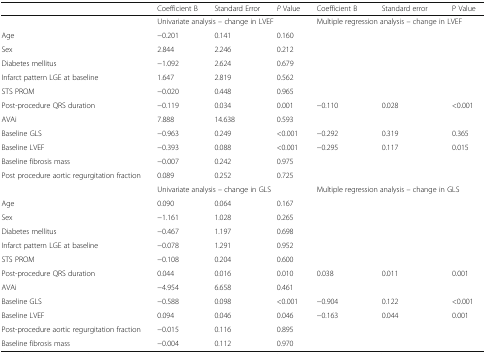
<table><thead><tr><td></td><td><b>Coefficient B</b></td><td><b>Standard Error</b></td><td><b><i>P</i> Value</b></td><td><b>Coefficient B</b></td><td><b>Standard error</b></td><td><b>P Value</b></td></tr></thead><tbody><tr><td></td><td colspan="3">Univariate analysis – change in LVEF</td><td colspan="3">Multiple regression analysis – change in LVEF</td></tr><tr><td>Age</td><td>−0.201</td><td>0.141</td><td>0.160</td><td></td><td></td><td></td></tr><tr><td>Sex</td><td>2.844</td><td>2.246</td><td>0.212</td><td></td><td></td><td></td></tr><tr><td>Diabetes mellitus</td><td>−1.092</td><td>2.624</td><td>0.679</td><td></td><td></td><td></td></tr><tr><td>Infarct pattern LGE at baseline</td><td>1.647</td><td>2.819</td><td>0.562</td><td></td><td></td><td></td></tr><tr><td>STS PROM</td><td>−0.020</td><td>0.448</td><td>0.965</td><td></td><td></td><td></td></tr><tr><td>Post-procedure QRS duration</td><td>−0.119</td><td>0.034</td><td>0.001</td><td>−0.110</td><td>0.028</td><td>&lt;0.001</td></tr><tr><td>AVAi</td><td>7.888</td><td>14.638</td><td>0.593</td><td></td><td></td><td></td></tr><tr><td>Baseline GLS</td><td>−0.963</td><td>0.249</td><td>&lt;0.001</td><td>−0.292</td><td>0.319</td><td>0.365</td></tr><tr><td>Baseline LVEF</td><td>−0.393</td><td>0.088</td><td>&lt;0.001</td><td>−0.295</td><td>0.117</td><td>0.015</td></tr><tr><td>Baseline fibrosis mass</td><td>−0.007</td><td>0.242</td><td>0.975</td><td></td><td></td><td></td></tr><tr><td>Post procedure aortic regurgitation fraction</td><td>0.089</td><td>0.252</td><td>0.725</td><td></td><td></td><td></td></tr><tr><td></td><td colspan="3">Univariate analysis – change in GLS</td><td colspan="3">Multiple regression analysis – change in GLS</td></tr><tr><td>Age</td><td>0.090</td><td>0.064</td><td>0.167</td><td></td><td></td><td></td></tr><tr><td>Sex</td><td>−1.161</td><td>1.028</td><td>0.265</td><td></td><td></td><td></td></tr><tr><td>Diabetes mellitus</td><td>−0.467</td><td>1.197</td><td>0.698</td><td></td><td></td><td></td></tr><tr><td>Infarct pattern LGE at baseline</td><td>−0.078</td><td>1.291</td><td>0.952</td><td></td><td></td><td></td></tr><tr><td>STS PROM</td><td>−0.108</td><td>0.204</td><td>0.600</td><td></td><td></td><td></td></tr><tr><td>Post-procedure QRS duration</td><td>0.044</td><td>0.016</td><td>0.010</td><td>0.038</td><td>0.011</td><td>0.001</td></tr><tr><td>AVAi</td><td>−4.954</td><td>6.658</td><td>0.461</td><td></td><td></td><td></td></tr><tr><td>Baseline GLS</td><td>−0.588</td><td>0.098</td><td>&lt;0.001</td><td>−0.904</td><td>0.122</td><td>&lt;0.001</td></tr><tr><td>Baseline LVEF</td><td>0.094</td><td>0.046</td><td>0.046</td><td>−0.163</td><td>0.044</td><td>0.001</td></tr><tr><td>Post-procedure aortic regurgitation fraction</td><td>−0.015</td><td>0.116</td><td>0.895</td><td></td><td></td><td></td></tr><tr><td>Baseline fibrosis mass</td><td>−0.004</td><td>0.112</td><td>0.970</td><td></td><td></td><td></td></tr></tbody></table>